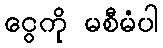
ငွေကို မစီမံပါ